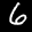
Label: 6